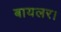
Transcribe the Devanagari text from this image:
बायलर।